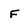
Character: F